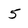
Character: 5